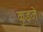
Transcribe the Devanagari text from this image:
कुइजे